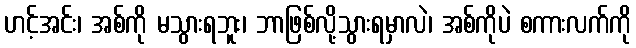
ဟင့်အင်း၊ အစ်ကို မသွားရဘူး၊ ဘာဖြစ်လို့သွားရမှာလဲ၊ အစ်ကိုပဲ စကားလက်ကို